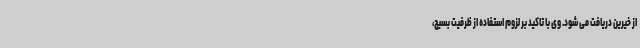
از خیرین دریافت می شود. وی با تاکید بر لزوم استفاده از ظرفیت بسیج،